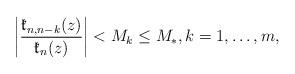
LaTeX: \begin{align*} \left|\frac{ \mathfrak{\Pi}_{n,n-k}(z)}{\mathfrak{\Pi}_{n}(z)} \right| < M_k\leq M_*, k=1,\ldots ,m,\end{align*}